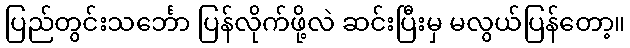
ပြည်တွင်းသင်္ဘော ပြန်လိုက်ဖို့လဲ ဆင်းပြီးမှ မလွယ်ပြန်တော့။